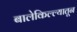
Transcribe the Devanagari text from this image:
बालेकिल्ल्यातून